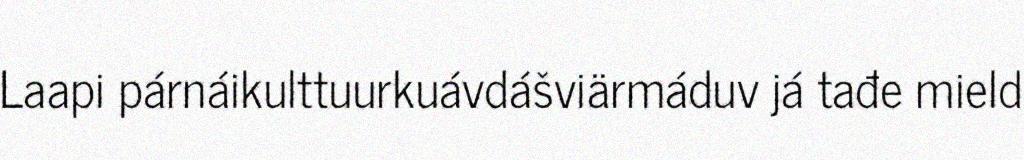
Laapi párnáikulttuurkuávdášviärmáduv já tađe mield